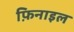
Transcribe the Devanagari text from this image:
फ़िनाइल